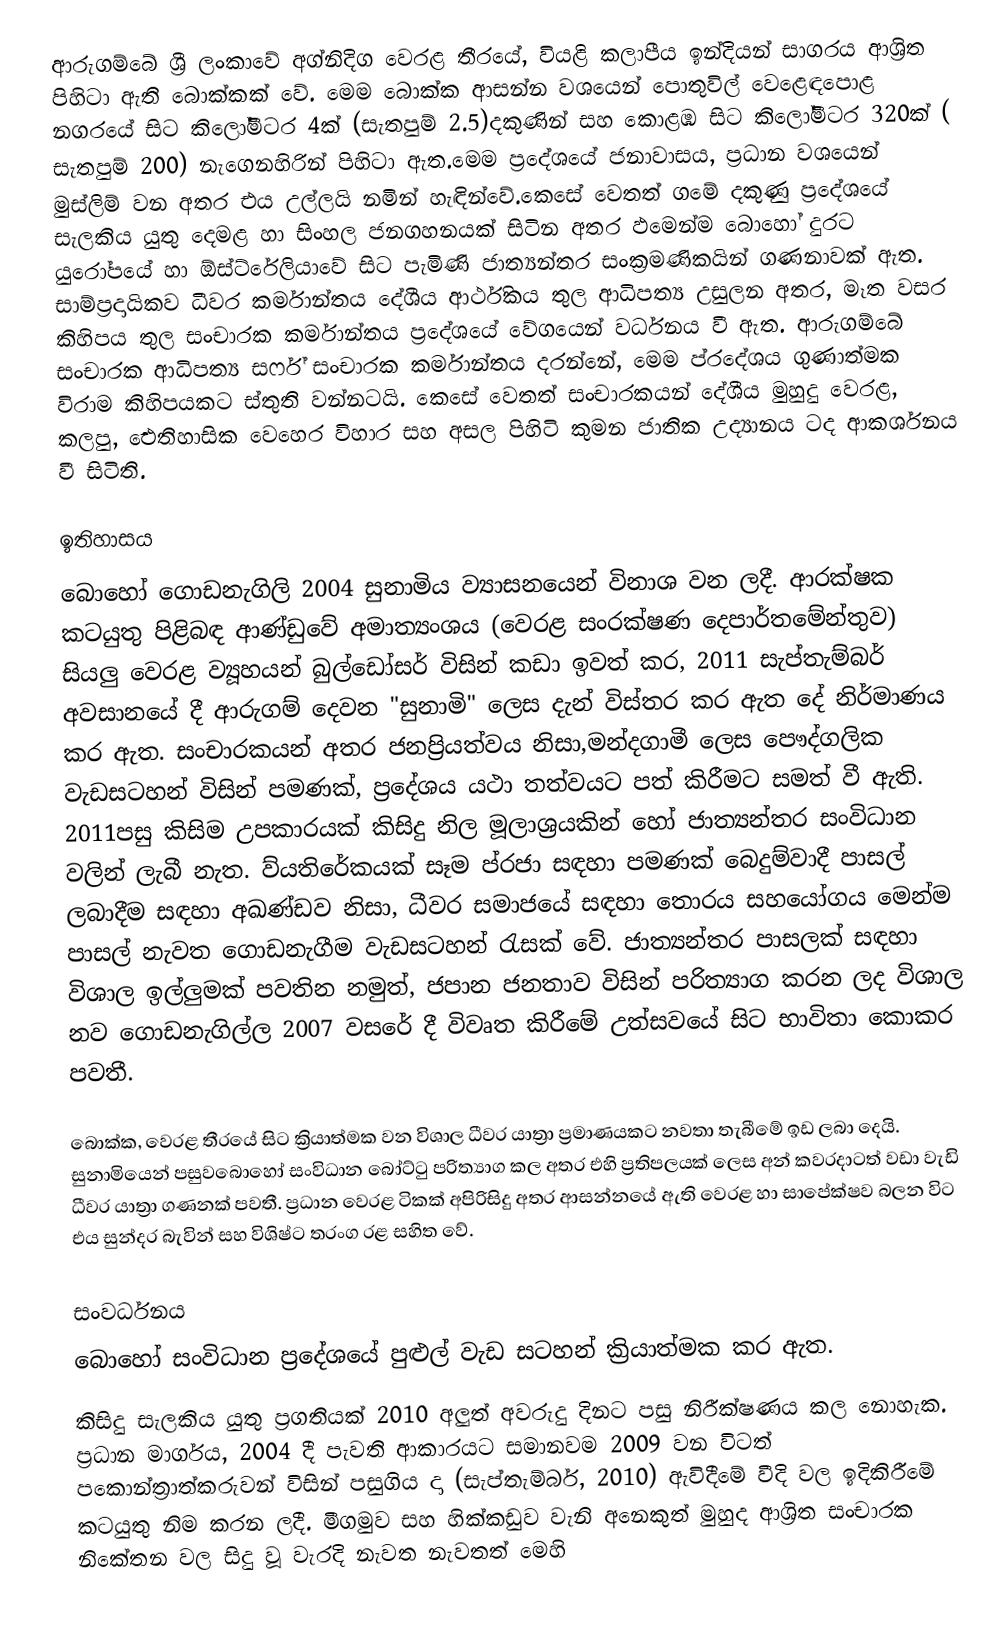
ආරුගම්බේ ශ්‍රී ලංකාවේ අග්නිදිග වෙරළ තීරයේ, වියළි කලාපීය ඉන්දියන් සාගරය ආශ්‍රිත   පිහිටා ඇති බොක්කක් වේ. මෙම බොක්ක ආසන්න වශයෙන් පොතුවිල් වෙළෙඳපොළ නගරයේ සිට කිලෝමීටර 4ක් (සැතපුම් 2.5)දකුණින් සහ කොළඹ සිට කිලෝමීටර 320ක් ( සැතපුම් 200)  නැගෙනහිරින් පිහිටා ඇත.මෙම ප්‍රදේශයේ  ජනාවාසය, ප්‍රධාන වශයෙන් මුස්ලිම් වන අතර එය  උල්ලයි නමින් හැඳින්වේ.කෙසේ වෙතත් ගමේ දකුණු ප්‍රදේශයේ සැලකිය යුතු දෙමළ  හා සිංහල ජනගහනයක් සිටින අතර ඵමෙන්ම බොහෝ දුරට යුරෝපයේ හා ඕස්ට්රේලියාවේ සිට පැමිණි ජාත්‍යන්තර සංක්‍රමණිකයින් ගණනාවක් ඇත. සාම්ප්‍රදායිකව ධීවර කර්මාන්තය දේශීය ආර්ථිකය තුල ආධිපත්‍ය උසුලන අතර, මෑත වසර කිහිපය තුල සංචාරක කර්මාන්තය ප්‍රදේශයේ වේගයෙන් වර්ධනය වී ඇත. ආරුගම්බේ සංචාරක ආධිපත්‍ය සර්ෆ් සංචාරක කර්මාන්තය දරන්නේ, මෙම ප්රදේශය ගුණාත්මක විරාම කිහිපයකට ස්තුති වන්නටයි. කෙසේ වෙතත් සංචාරකයන් දේශීය මුහුදු වෙරළ, කලපු, ඓතිහාසික වෙහෙර විහාර සහ අසල පිහිටි කුමන ජාතික උද්‍යානය ටද ආකර්ශනය වී සිටිති.

ඉතිහාසය
බොහෝ ගොඩනැගිලි 2004 සුනාමිය ව්‍යාසනයෙන් විනාශ වන ලදී.  ආරක්ෂක කටයුතු පිළිබඳ ආණ්ඩුවේ අමාත්‍යංශය (වෙරළ සංරක්ෂණ දෙපාර්තමේන්තුව)  සියලු වෙරළ ව්‍යූහයන් බුල්ඩෝසර් විසින් කඩා ඉවත් කර, 2011 සැප්තැම්බර් අවසානයේ දී ආරුගම් දෙවන "සුනාමි" ලෙස දැන් විස්තර කර ඇත දේ නිර්මාණය කර ඇත. සංචාරකයන් අතර ජනප්‍රියත්වය නිසා,මන්දගාමී ලෙස පෞද්ගලික වැඩසටහන් විසින් පමණක්, ප්‍රදේශය යථා තත්වයට පත් කිරීමට සමත් වී ඇති. 2011පසු  කිසිම උපකාරයක් කිසිදු නිල මූලාශ්‍රයකින් හෝ ජාත්‍යන්තර සංවිධාන වලින් ලැබී නැත. ව්යතිරේකයක් සෑම ප්රජා සඳහා පමණක් බෙදුම්වාදී පාසල් ලබාදීම සඳහා අඛණ්ඩව නිසා, ධීවර සමාජයේ සඳහා තොරය සහයෝගය මෙන්ම පාසල් නැවත ගොඩනැගීම වැඩසටහන් රැසක් වේ. ජාත්‍යන්තර පාසලක් සඳහා විශාල ඉල්ලුමක් පවතින නමුත්, ජපාන ජනතාව විසින් පරිත්‍යාග කරන ලද විශාල නව ගොඩනැගිල්ල 2007 වසරේ දී විවෘත කිරීමේ උත්සවයේ සිට භාවිතා කොකර පවතී.

බොක්ක, වෙරළ තීරයේ සිට ක්‍රියාත්මක වන විශාල ධීවර යාත්‍රා  ප්‍රමාණයකට නවතා තැබීමේ ඉඩ ලබා දෙයි. සුනාමියෙන් පසුවබොහෝ සංවිධාන  බෝට්ටු පරිත්‍යාග කල අතර  එහි ප්‍රතිපලයක් ලෙස  අන් කවරදාටත් වඩා වැඩි ධීවර යාත්‍රා ගණනක් පවතී. ප්‍රධාන වෙරළ  ටිකක් අපිරිසිදු අතර ආසන්නයේ ඇති වෙරළ හා සාපේක්ෂව බලන විට එය සුන්දර බැවින් සහ විශිෂ්ට තරංග රළ සහිත වේ.

සංවර්ධනය
බොහෝ සංවිධාන ප්‍රදේශයේ පුළුල් වැඩ සටහන් ක්‍රියාත්මක  කර ඇත. 
කිසිදු සැලකිය යුතු ප්‍රගතියක් 2010 අලුත් අවරුදු දිනට පසු නිරීක්ෂණය කල නොහැක. ප්‍රධාන මාර්ගය, 2004 දී පැවති ආකාරයට සමානවම 2009 වන විටත් පකොන්ත්‍රාත්කරුවන් විසින් පසුගිය දා (සැප්තැම්බර්, 2010) ඇවිදීමේ වීදි වල ඉදිකිරීමේ කටයුතු නිම කරන ලදී. මීගමුව සහ හික්කඩුව වැනි අනෙකුත් මුහුද ආශ්‍රිත සංචාරක නිකේතන වල සිදු වූ වැරදි නැවත නැවතත් මෙහි